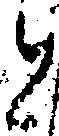
と